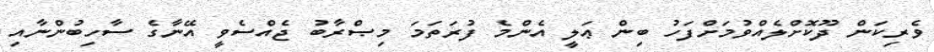
ވެރިކަން ދޫކޮށްލެއްވުމަށްފަހު ބިން ޢަލީ އެންމެ ފުރަތަމަ މިޞްރާބު ޖެއްސެވީ އޭނާގެ ސާހިބުންނާއި